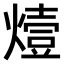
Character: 𤏈